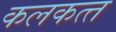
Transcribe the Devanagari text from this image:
कलकत्‍त